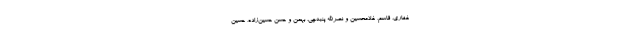
غفاری، قاسم، غلامحسین و نصرالله پنبه‌چی، بهمن و حسن حسین‌زاده، حسین